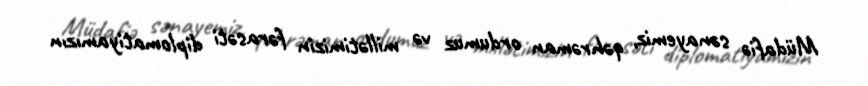
Müdafiə sənayemiz, qəhrəman ordumuz və millətimizin fərasəti diplomatiyamızın